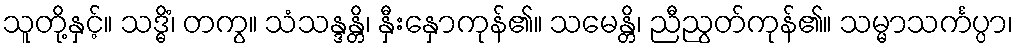
သူတို့နှင့်။ သဒ္ဓိံ၊ တကွ။ သံသန္ဒန္တိ၊ နှီးနှောကုန်၏။ သမေန္တိ၊ ညီညွတ်ကုန်၏။ သမ္မာသင်္ကပ္ပာ၊